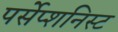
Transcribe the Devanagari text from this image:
पर्सेप्शनिस्ट